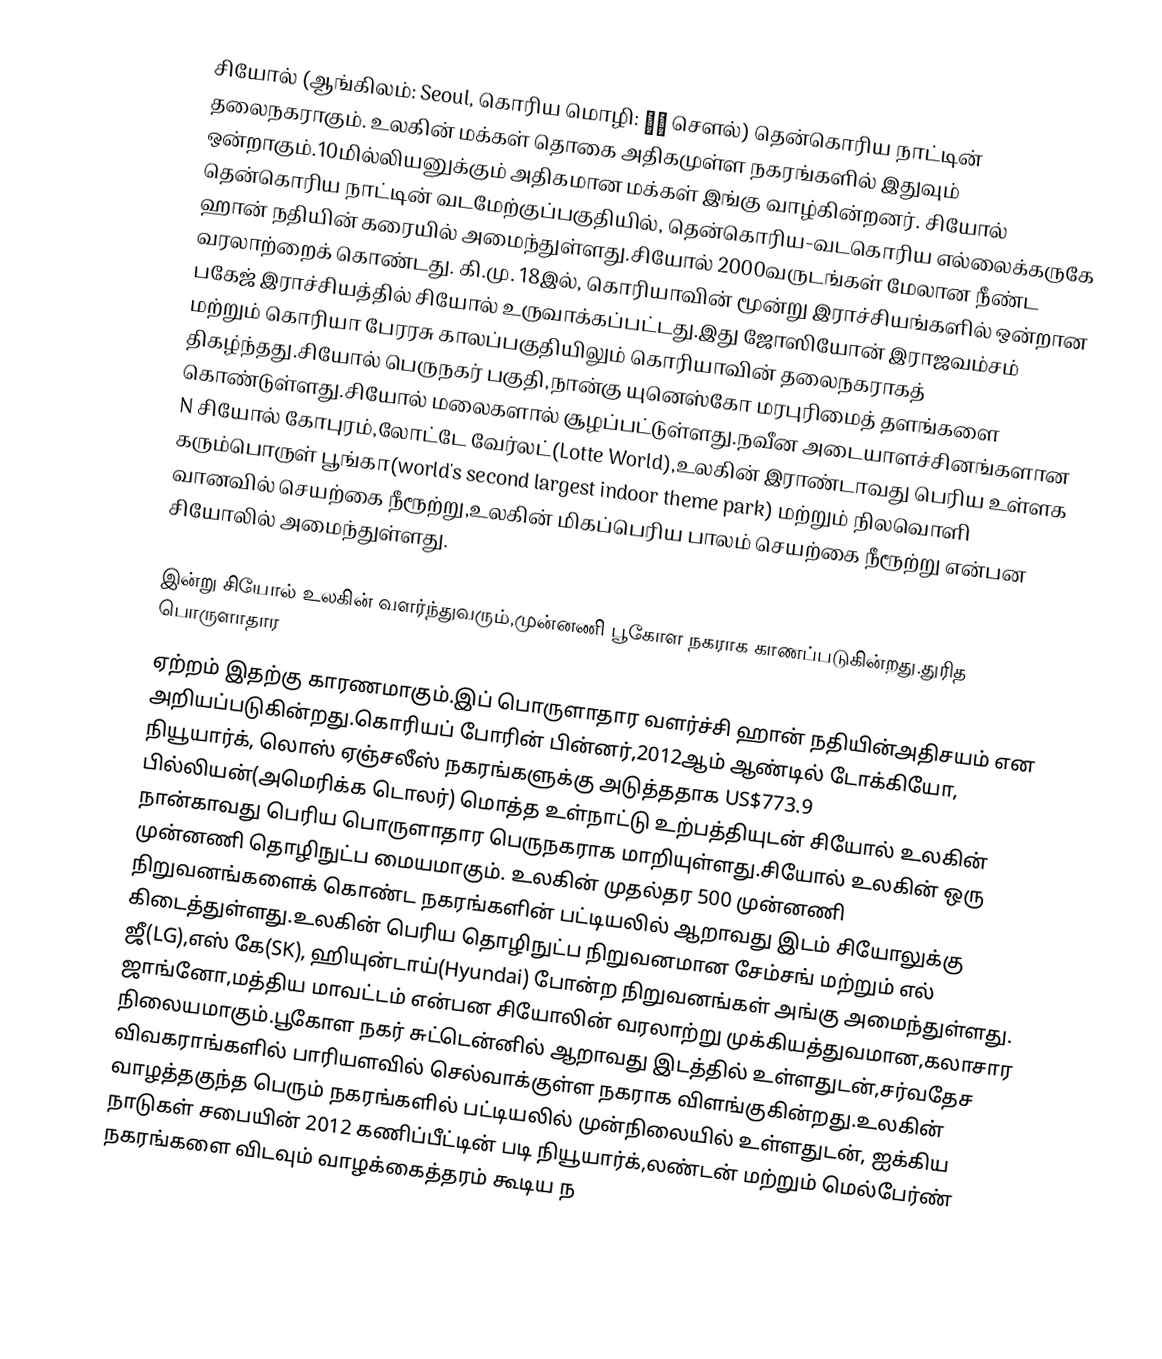
சியோல் (ஆங்கிலம்: Seoul, கொரிய மொழி: 서울 சௌல்) தென்கொரிய  நாட்டின் தலைநகராகும். உலகின் மக்கள் தொகை அதிகமுள்ள நகரங்களில் இதுவும் ஒன்றாகும்.10மில்லியனுக்கும் அதிகமான மக்கள் இங்கு வாழ்கின்றனர். சியோல் தென்கொரிய நாட்டின் வடமேற்குப்பகுதியில், தென்கொரிய-வடகொரிய எல்லைக்கருகே ஹான் நதியின் கரையில் அமைந்துள்ளது.சியோல் 2000வருடங்கள் மேலான நீண்ட வரலாற்றைக் கொண்டது. கி.மு. 18இல், கொரியாவின் மூன்று இராச்சியங்களில் ஒன்றான பகேஜ் இராச்சியத்தில் சியோல் உருவாக்கப்பட்டது.இது ஜோஸியோன் இராஜவம்சம் மற்றும் கொரியா பேரரசு காலப்பகுதியிலும் கொரியாவின் தலைநகராகத் திகழ்ந்தது.சியோல் பெருநகர் பகுதி,நான்கு யுனெஸ்கோ மரபுரிமைத் தளங்களை கொண்டுள்ளது.சியோல் மலைகளால் சூழப்பட்டுள்ளது.நவீன அடையாளச்சினங்களான N சியோல் கோபுரம்,லோட்டே வேர்லட்(Lotte World),உலகின் இராண்டாவது பெரிய உள்ளக கரும்பொருள் பூங்கா(world's second largest indoor theme park) மற்றும் நிலவொளி வானவில் செயற்கை நீரூற்று,உலகின் மிகப்பெரிய பாலம் செயற்கை நீரூற்று  என்பன சியோலில் அமைந்துள்ளது.

இன்று சியோல் உலகின் வளர்ந்துவரும்,முன்னணி பூகோள நகராக காணப்படுகின்றது.துரித பொருளாதார
ஏற்றம் இதற்கு காரணமாகும்.இப் பொருளாதார வளர்ச்சி ஹான் நதியின்அதிசயம் என அறியப்படுகின்றது.கொரியப் போரின் பின்னர்,2012ஆம் ஆண்டில் டோக்கியோ, நியூயார்க், லொஸ் ஏஞ்சலீஸ் நகரங்களுக்கு அடுத்ததாக US$773.9 பில்லியன்(அமெரிக்க டொலர்)  மொத்த உள்நாட்டு உற்பத்தியுடன் சியோல் உலகின் நான்காவது பெரிய பொருளாதார பெருநகராக மாறியுள்ளது.சியோல் உலகின் ஒரு முன்னணி தொழிநுட்ப மையமாகும். உலகின் முதல்தர 500 முன்னணி நிறுவனங்களைக் கொண்ட நகரங்களின் பட்டியலில் ஆறாவது இடம் சியோலுக்கு கிடைத்துள்ளது.உலகின் பெரிய தொழிநுட்ப நிறுவனமான சேம்சங் மற்றும் எல் ஜீ(LG),எஸ் கே(SK), ஹியுன்டாய்(Hyundai) போன்ற நிறுவனங்கள் அங்கு அமைந்துள்ளது. ஜாங்னோ,மத்திய மாவட்டம் என்பன சியோலின் வரலாற்று முக்கியத்துவமான,கலாசார நிலையமாகும்.பூகோள நகர் சுட்டென்னில் ஆறாவது இடத்தில் உள்ளதுடன்,சர்வதேச விவகராங்களில் பாரியளவில் செல்வாக்குள்ள நகராக விளங்குகின்றது.உலகின் வாழத்தகுந்த பெரும் நகரங்களில் பட்டியலில் முன்நிலையில் உள்ளதுடன், ஐக்கிய நாடுகள் சபையின் 2012 கணிப்பீட்டின் படி நியூயார்க்,லண்டன் மற்றும் மெல்பேர்ண் நகரங்களை விடவும் வாழக்கைத்தரம் கூடிய ந